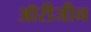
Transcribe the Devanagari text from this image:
ऑरीजीन